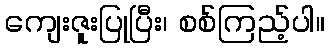
ကျေးဇူးပြုပြီး၊ စစ်ကြည့်ပါ။